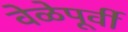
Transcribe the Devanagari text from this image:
वेळेपूर्वी